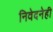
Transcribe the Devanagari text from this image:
निवेदनेही